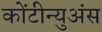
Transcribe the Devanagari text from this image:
कोंटीन्युअंस